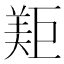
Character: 𱻐